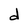
Character: d